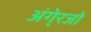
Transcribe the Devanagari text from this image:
अंगे्रजों